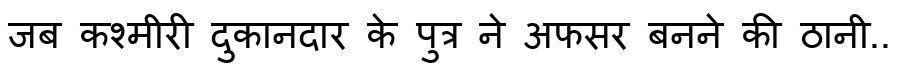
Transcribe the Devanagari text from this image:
जब कश्मीरी दुकानदार के पुत्र ने अफसर बनने की ठानी..